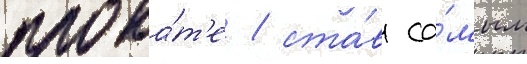
прока́т'е / ста́в са́мым